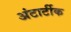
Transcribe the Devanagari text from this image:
अंटार्टीक